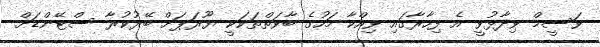
ވަސީމް ވިދާޅުވީ އެ ފިހާރާގައި ވިއްކާ މަހުގެ ބާވަތްތަކަކީ ޔޫރަޕަށް ބޭރުކުރާ ސްޓޭންޑަށް